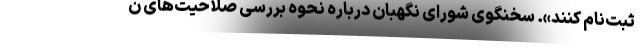
ثبت‌نام کنند». سخنگوی شورای نگهبان درباره نحوه بررسی صلاحیت‌های ن